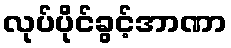
လုပ်ပိုင်ခွင့်အာဏာ